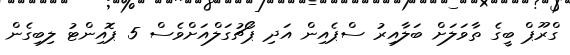
ގްރޫޕް ބީގެ ތާވަލަށް ބަލާއިރު ސްޕެއިން އަދި ޕޯޗުގަލްއަށްވެސް 5 ޕޮއިންޓު ލިބިގެން